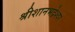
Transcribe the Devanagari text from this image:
श्रीशानभद्रेश्वर